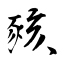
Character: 豥